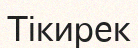
Тікирек